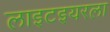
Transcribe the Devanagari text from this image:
लाइटइयरला